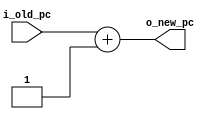
`timescale 1ns / 1ps
//////////////////////////////////////////////////////////////////////////////////
// Company: 
// Engineer: 
// 
// Design Name: 
// Module Name: adder
// Project Name: 
// Target Devices: 
// Tool Versions: 
// Description: 
// 
// Dependencies: 
// 
// Revision:
// Revision 0.01 - File Created
// Additional Comments:
// 
//////////////////////////////////////////////////////////////////////////////////


module adder #(
    parameter PC_SIZE = 11
    )
    (
    output [PC_SIZE-1:0] o_new_pc,
    input [PC_SIZE-1:0] i_old_pc
    );
    
    assign o_new_pc = i_old_pc + 1'b1;
endmodule